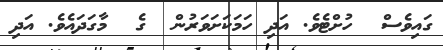
ގައިވެސް  ހުށްޓެވެ. އަދި ހަމަކަށަވަރުން  ގެ  މާގަދައެވެ. އަދި